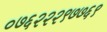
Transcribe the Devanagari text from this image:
०७६२२२९७७६९